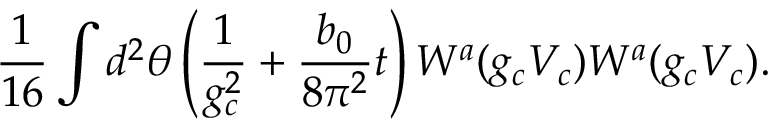
\frac { 1 } { 1 6 } \int d ^ { 2 } \theta \left( \frac { 1 } { g _ { c } ^ { 2 } } + \frac { b _ { 0 } } { 8 \pi ^ { 2 } } t \right) W ^ { a } ( g _ { c } V _ { c } ) W ^ { a } ( g _ { c } V _ { c } ) .